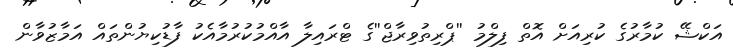
އަކްޝޭ ކުމާރުގެ ކުރިއަށް އޮތް ފިލްމު ''ޕްރިތުވިރާޖް''ގެ ޓްރައިލާ އާއްމުކުރުމާއެކު ފާޑުކިޔުންތައް އަމާޒުވާން